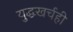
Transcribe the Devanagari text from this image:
युद्धखर्चही